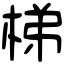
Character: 梯